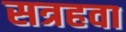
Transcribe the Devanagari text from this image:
सत्रहवा